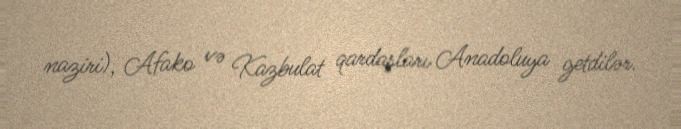
naziri), Afako və Kazbulat qardaşları Anadoluya getdilər.